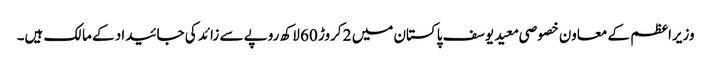
وزیراعظم کے معاون خصوصی معید یوسف پاکستان میں 2 کروڑ 60 لاکھ روپے سے زائد کی جائیداد کے مالک ہیں۔